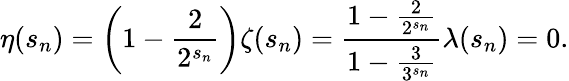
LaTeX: \eta(s_{n})=\left(1-{\frac{2}{2^{s_{n}}}}\right)\zeta(s_{n})={\frac{1-{\frac{2}{2^{s_{n}}}}}{1-{\frac{3}{3^{s_{n}}}}}}\lambda(s_{n})=0.